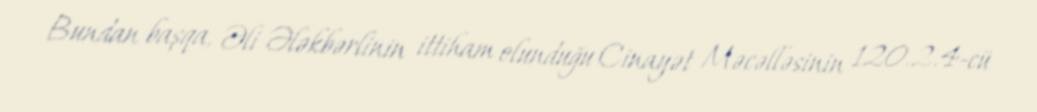
Bundan başqa, Əli Ələkbərlinin ittiham olunduğu Cinayət Məcəlləsinin 120.2.4-cü